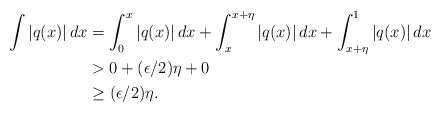
\begin{align*}\int |q(x)|\,dx&=\int_0^{x}|q(x)|\,dx+\int_x^{x+\eta}|q(x)|\,dx+\int_{x+\eta}^1|q(x)|\,dx\\&> 0+(\epsilon/2)\eta+0\\&\geq(\epsilon/2)\eta.\end{align*}